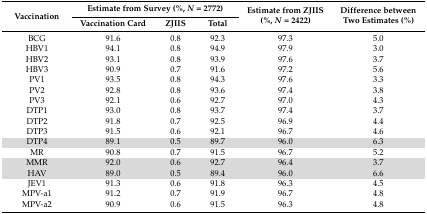
<table><thead><tr><td rowspan="2"><b>Vaccination</b></td><td colspan="3"><b>Estimate from Survey (%, <i>N</i> = 2772)</b></td><td rowspan="2"><b>Estimate from ZJIIS (%, <i>N</i> = 2422)</b></td><td rowspan="2"><b>Difference between Two Estimates (%)</b></td></tr><tr><td><b>Vaccination Card</b></td><td><b>ZJIIS</b></td><td><b>Total</b></td></tr></thead><tbody><tr><td>BCG</td><td>91.6</td><td>0.8</td><td>92.3</td><td>97.3</td><td>5.0</td></tr><tr><td>HBV1</td><td>94.1</td><td>0.8</td><td>94.9</td><td>97.9</td><td>3.0</td></tr><tr><td>HBV2</td><td>93.1</td><td>0.8</td><td>93.9</td><td>97.6</td><td>3.7</td></tr><tr><td>HBV3</td><td>90.9</td><td>0.7</td><td>91.6</td><td>97.2</td><td>5.6</td></tr><tr><td>PV1</td><td>93.5</td><td>0.8</td><td>94.3</td><td>97.6</td><td>3.3</td></tr><tr><td>PV2</td><td>92.8</td><td>0.8</td><td>93.6</td><td>97.4</td><td>3.8</td></tr><tr><td>PV3</td><td>92.1</td><td>0.6</td><td>92.7</td><td>97.0</td><td>4.3</td></tr><tr><td>DTP1</td><td>93.0</td><td>0.8</td><td>93.7</td><td>97.4</td><td>3.7</td></tr><tr><td>DTP2</td><td>91.8</td><td>0.7</td><td>92.5</td><td>96.9</td><td>4.4</td></tr><tr><td>DTP3</td><td>91.5</td><td>0.6</td><td>92.1</td><td>96.7</td><td>4.6</td></tr><tr><td>DTP4</td><td>89.1</td><td>0.5</td><td>89.7</td><td>96.0</td><td>6.3</td></tr><tr><td>MR</td><td>90.8</td><td>0.7</td><td>91.5</td><td>96.7</td><td>5.2</td></tr><tr><td>MMR</td><td>92.0</td><td>0.6</td><td>92.7</td><td>96.4</td><td>3.7</td></tr><tr><td>HAV</td><td>89.0</td><td>0.5</td><td>89.4</td><td>96.0</td><td>6.6</td></tr><tr><td>JEV1</td><td>91.3</td><td>0.6</td><td>91.8</td><td>96.3</td><td>4.5</td></tr><tr><td>MPV-a1</td><td>91.2</td><td>0.7</td><td>91.9</td><td>96.7</td><td>4.8</td></tr><tr><td>MPV-a2</td><td>90.9</td><td>0.6</td><td>91.5</td><td>96.3</td><td>4.8</td></tr></tbody></table>